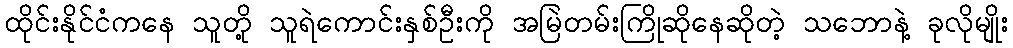
ထိုင်းနိုင်ငံကနေ သူတို့ သူရဲကောင်းနှစ်ဦးကို အမြဲတမ်းကြိုဆိုနေဆိုတဲ့ သဘောနဲ့ ခုလိုမျိုး